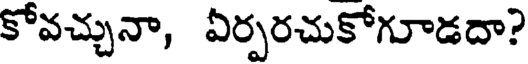
కోవచ్చునా, ఏర్పరచుకోగూడదా?